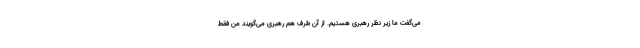
می‌گفت ما زیر نظر رهبری هستیم. از آن طرف هم رهبری می‌گویند من فقط